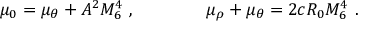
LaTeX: \mu _ { 0 } = \mu _ { \theta } + A ^ { 2 } M _ { 6 } ^ { 4 } \ , \qquad \qquad \mu _ { \rho } + \mu _ { \theta } = 2 c R _ { 0 } M _ { 6 } ^ { 4 } \ .